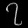
Digit: ၇